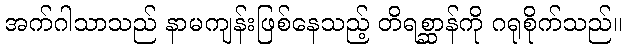
အက်ဂါသာသည် နာမကျန်းဖြစ်နေသည့် တိရစ္ဆာန်ကို ဂရုစိုက်သည်။